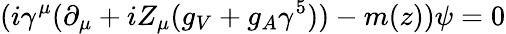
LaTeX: (i\gamma^{\mu}(\partial_{\mu}+iZ_{\mu}(g_{V}+g_{A}\gamma^{5}))-m(z))\psi=0